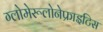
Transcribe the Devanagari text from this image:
ग्लोमेरूलोनेफ्राइटिस